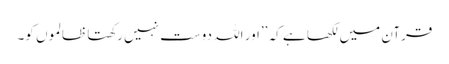
قرآن میں لکھا ہے کہ ’’اور اللہ دوست نہیں رکھتا ظالموں کو۔